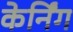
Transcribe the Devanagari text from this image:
केर्निंग